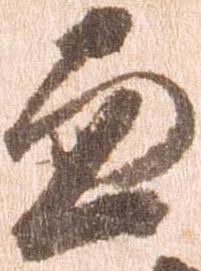
兼